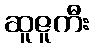
ဆူဇူကီး